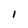
Character: 1